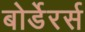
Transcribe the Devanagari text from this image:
बोर्डेरर्स